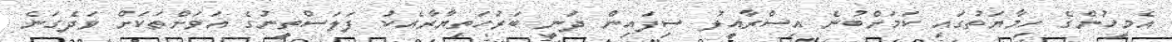
އެމީހުންގެ ހިމާޔަތުގައި ކަމަށްބުނެ އިސްރާއީލު ސިފައިން ދަނީ ބަރުހަތިޔާރާއެކު ފަލަސްތީނުގެ އަވަށްތަކަށް ވަދެގަނެ